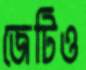
জেটিও